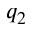
q _ { 2 }